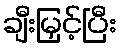
ချီးမြှင့်ပြီး